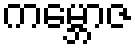
ကမ္ဘောဇ